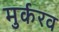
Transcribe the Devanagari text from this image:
मुर्करव